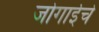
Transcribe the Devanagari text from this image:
जोगाईचे